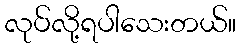
လုပ်လို့ရပါသေးတယ်။